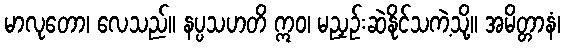
မာလုတော၊ လေသည်။ နပ္ပသဟတိ ဣဝ၊ မညှဉ်းဆဲနိုင်သကဲ့သို့။ အမိတ္တာနံ၊